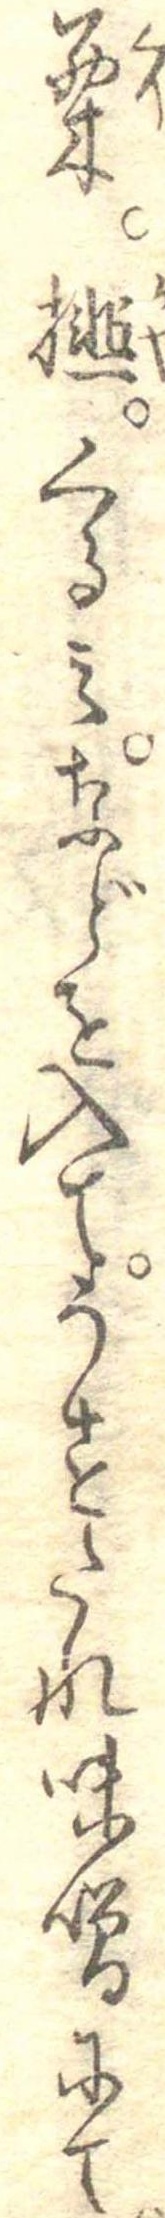
栗榧くるみなどを入てうすたれ味噌にて